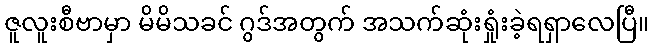
ဇူလူးစီဗာမှာ မိမိသခင် ဂွဒ်အတွက် အသက်ဆုံးရှုံးခဲ့ရရှာလေပြီ။